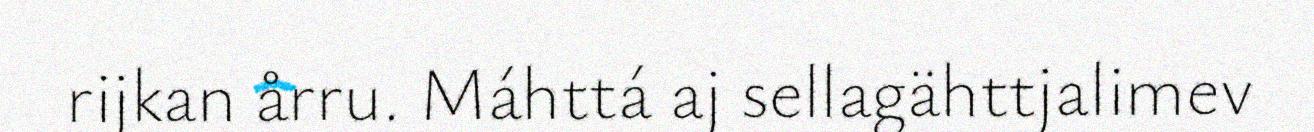
rijkan årru. Máhttá aj sellagähttjalimev